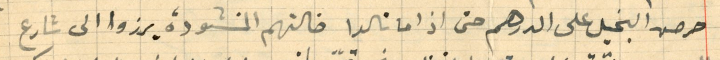
حرص البخيل على الدرهم حتى اذا ما نالوا ضالتهم المنشودة برزوا الى شارع